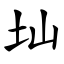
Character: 圸